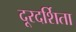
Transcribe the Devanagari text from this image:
दूरदर्शिता